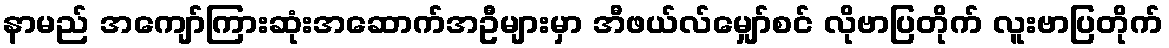
နာမည် အကျော်ကြားဆုံးအဆောက်အဦများမှာ အီဖယ်လ်မျှော်စင် လိုဗာပြတိုက် လူးဗာပြတိုက်